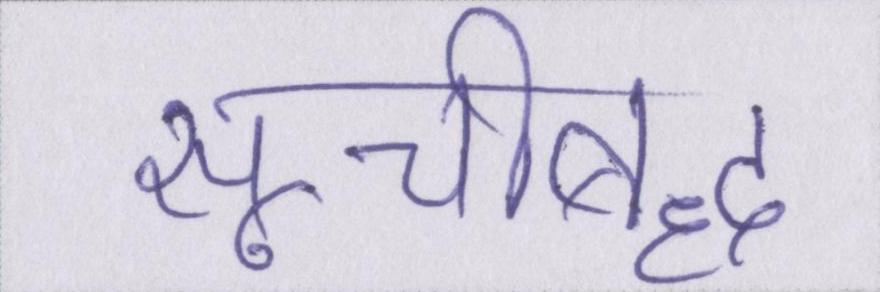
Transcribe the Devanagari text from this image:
सूचीबद्ध